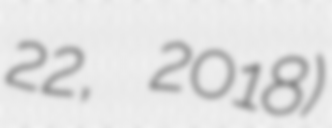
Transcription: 22, 2018)